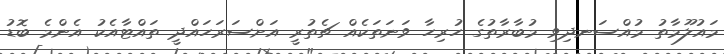
މައުލޫމާތު މުއްސަނދިވި މުބާރާތުގެ ހުރިހާ ވަނަތަކެއް ޗެތުރީ އަށްސަރަހައްދީ ތައްޓާއެކު އެންމެ ބޮޑު